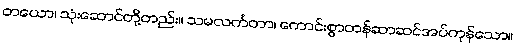
တယော၊ သုံးဆောင်တို့တည်း။ သမလင်္ကတာ၊ ကောင်းစွာတန်ဆာဆင်အပ်ကုန်သော။